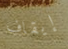
إيقاف